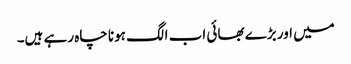
میں اور بڑے بھائی اب الگ ہونا چاہ رہے ہیں۔